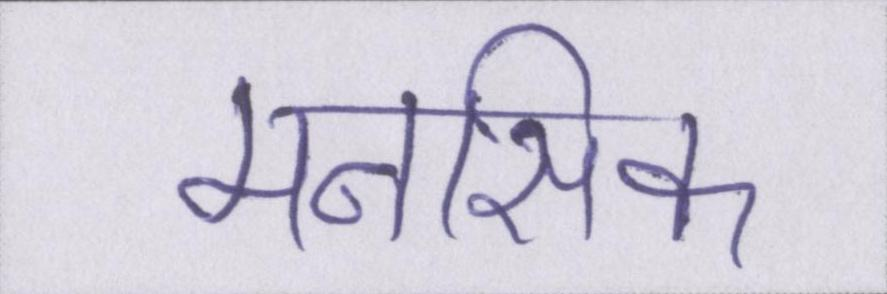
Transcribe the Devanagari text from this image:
मनसिक